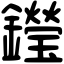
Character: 𨯗